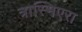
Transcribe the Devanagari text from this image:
त्रास्मिएरा